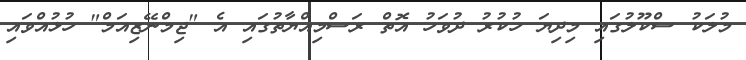
މުލަކު ސްކޫލުގައި މިދިޔަ ހުކުރު ދުވަހު އޮތް ރަސްމިއްޔާތުގައި އެ "ޖިމްނޭޒިއަމް" ހުޅުއްވައި